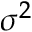
\sigma ^ { 2 }